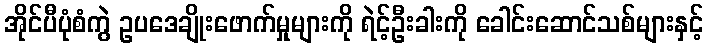
အိုင်ပီပုံစံကွဲ ဥပဒေချိုးဖောက်မှုများကို ရဲင့်ဦးခါးကို ခေါင်းဆောင်သစ်များနှင့်